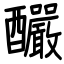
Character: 釅